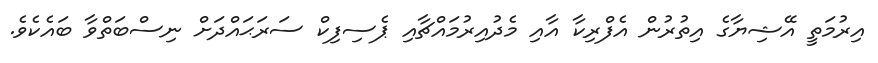
އިރުމަތީ އޭޝިޔާގެ އިތުރުން އެފްރިކާ އާއި މެދުއިރުމައްޗާއި ޕެސިފިކް ސަރަޙައްދަށް ނިސްބަތްވާ ބައެކެވެ.